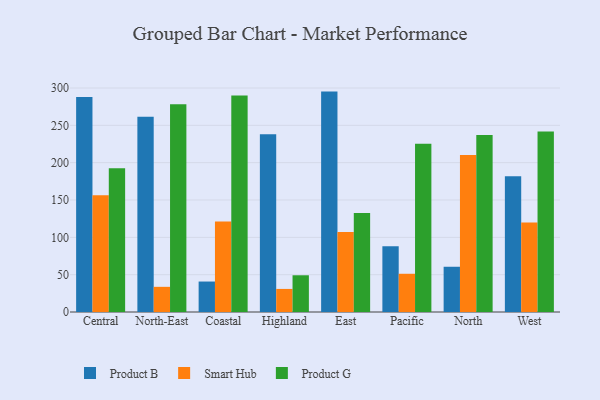
{"axis": {"x": "Region", "y": "Headcount"}, "legend": ["Product B", "Product G", "Smart Hub"], "data": [{"x": "Central", "y": 287.9, "type": "Product B"}, {"x": "Central", "y": 156.4, "type": "Smart Hub"}, {"x": "Central", "y": 192.6, "type": "Product G"}, {"x": "North-East", "y": 261.4, "type": "Product B"}, {"x": "North-East", "y": 33.7, "type": "Smart Hub"}, {"x": "North-East", "y": 278.3, "type": "Product G"}, {"x": "Coastal", "y": 40.8, "type": "Product B"}, {"x": "Coastal", "y": 121.3, "type": "Smart Hub"}, {"x": "Coastal", "y": 290.0, "type": "Product G"}, {"x": "Highland", "y": 238.2, "type": "Product B"}, {"x": "Highland", "y": 30.9, "type": "Smart Hub"}, {"x": "Highland", "y": 49.2, "type": "Product G"}, {"x": "East", "y": 295.2, "type": "Product B"}, {"x": "East", "y": 107.0, "type": "Smart Hub"}, {"x": "East", "y": 132.6, "type": "Product G"}, {"x": "Pacific", "y": 88.1, "type": "Product B"}, {"x": "Pacific", "y": 51.2, "type": "Smart Hub"}, {"x": "Pacific", "y": 225.2, "type": "Product G"}, {"x": "North", "y": 60.6, "type": "Product B"}, {"x": "North", "y": 210.2, "type": "Smart Hub"}, {"x": "North", "y": 237.1, "type": "Product G"}, {"x": "West", "y": 181.7, "type": "Product B"}, {"x": "West", "y": 120.0, "type": "Smart Hub"}, {"x": "West", "y": 241.7, "type": "Product G"}]}